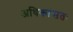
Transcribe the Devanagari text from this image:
अधिकांसतः